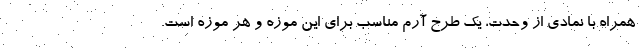
همراه با نمادی از وحدت، یک طرح آرم مناسب برای این موزه و هر موزه است.